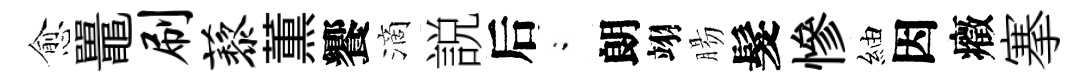
愈鼉刷藜薫饗滴説后閤朗翊腸髮慘紬因癥搴